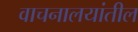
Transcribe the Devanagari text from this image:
वाचनालयांतील